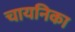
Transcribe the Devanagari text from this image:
चायनिका